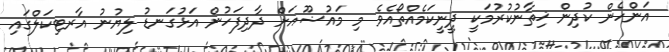
އަންހެން ކުދިން ޚިތާނުކުރުމަކީ ދީނީކަމެއްތޯއެވެެ މި މައުޟޫއަށް ދާދިފަހުން އަޅުގަނޑު ލިޔުނު އާރޓިކަލްގައި